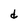
Character: d